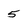
Character: 5